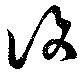
復